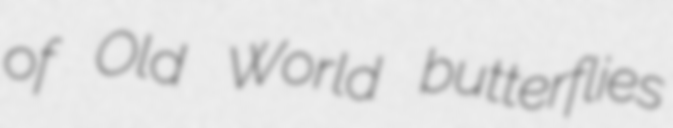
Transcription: of Old World butterflies